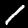
Digit: 1